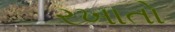
રખાતો